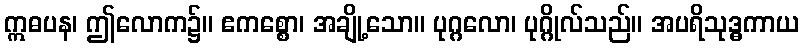
ဣဓပန၊ ဤလောက၌။ ဧကစ္စော၊ အချို့သော။ ပုဂ္ဂလော၊ ပုဂ္ဂိုလ်သည်။ အပရိသုဒ္ဓကာယ